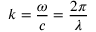
k = { \frac { \omega } { c } } = { \frac { 2 \pi } { \lambda } }